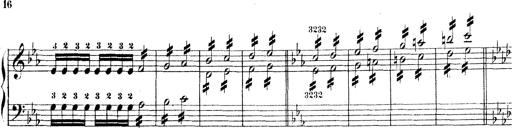
Title: Technische Studien
Composer: Franz Liszt